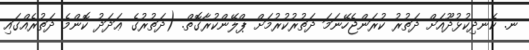
ނ. ކެނދިކުޅުދޫއަށް ދަތުރު ކުރަންޖެހޭނަމަ ދަތުރުކުރުމަށް ޕްލޭންކުރާގޮތް. (ދަތުރުގެ ޢަދަދު ކޮންމެ ދަތުރެއްގައި